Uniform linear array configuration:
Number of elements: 8
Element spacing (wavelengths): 0.5
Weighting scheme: cosine
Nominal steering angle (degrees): -30
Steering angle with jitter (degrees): -29.166
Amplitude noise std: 0.05
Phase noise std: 0.05

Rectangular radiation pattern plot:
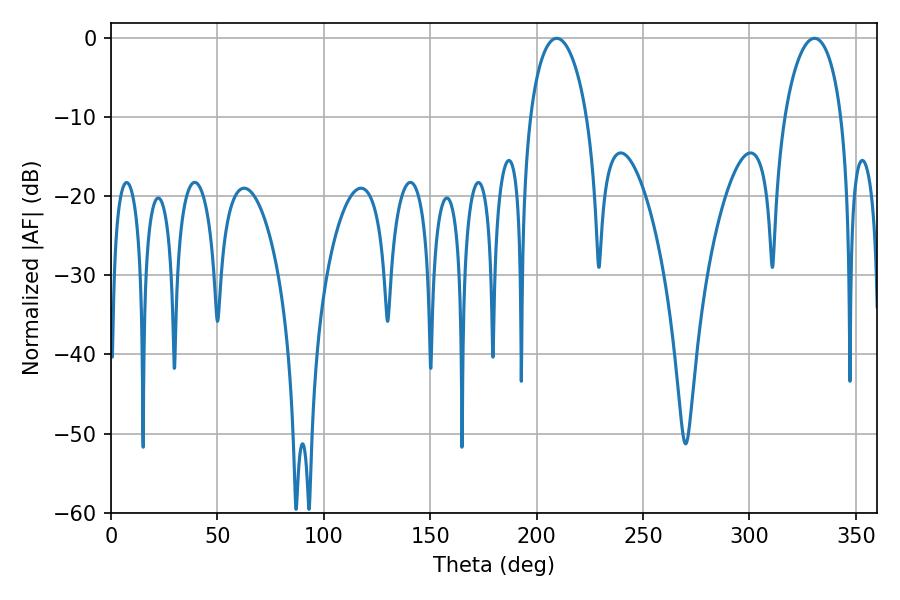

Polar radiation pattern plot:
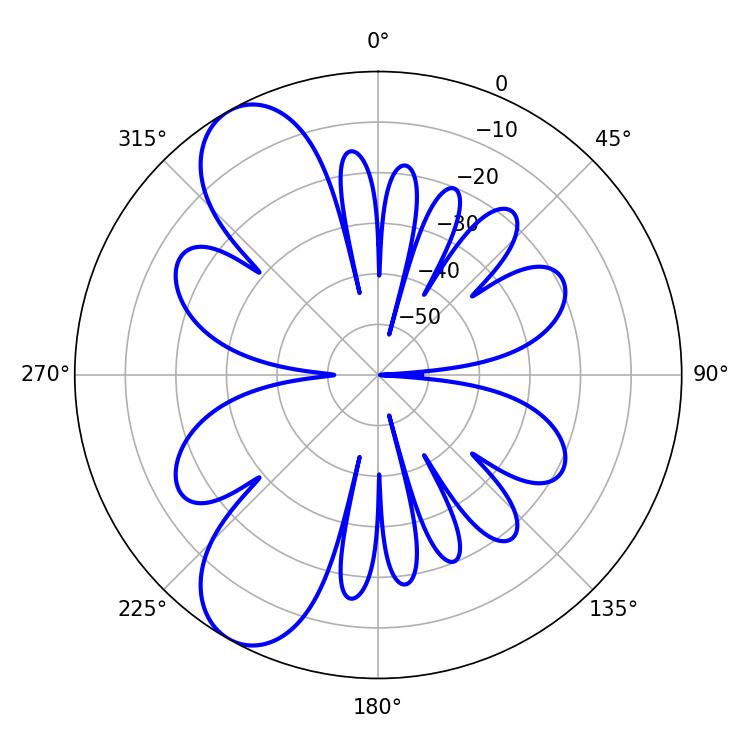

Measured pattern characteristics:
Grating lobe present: FALSE
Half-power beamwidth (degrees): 15.12
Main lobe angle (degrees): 209.34